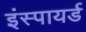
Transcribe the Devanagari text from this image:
इंस्पायर्ड